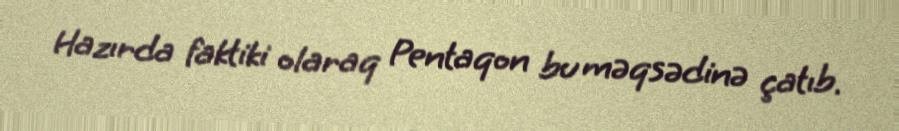
Hazırda faktiki olaraq Pentaqon bu məqsədinə çatıb.